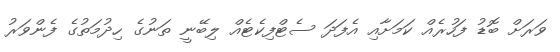
ވަރަށް ބޮޑު ފަހުރެއް ކަމަށާއި އެފަދަ ސެޓްފިކެޓެއް ލިބޭނީ ތަނުގެ ހިދުމަތުގެ ފެންވަރު